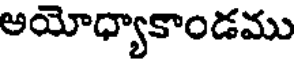
అయోధ్యాకాండము